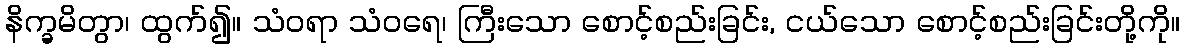
နိက္ခမိတွာ၊ ထွက်၍။ သံဝရာ သံဝရေ၊ ကြီးသော စောင့်စည်းခြင်း, ငယ်သော စောင့်စည်းခြင်းတို့ကို။